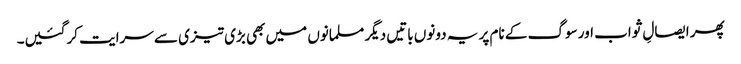
پھر ایصالِ ثواب اور سوگ کے نام پر یہ دونوں باتیں دیگر مسلمانوں میں بھی بڑی تیزی سے سرایت کرگئیں۔